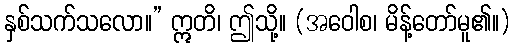
နှစ်သက်သလော။” ဣတိ၊ ဤသို့။ (အဝေါစ၊ မိန့်တော်မူ၏။)